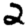
Digit: 2